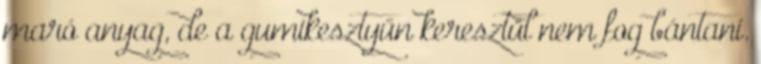
maró anyag, de a gumikesztyűn keresztül nem fog bántani.